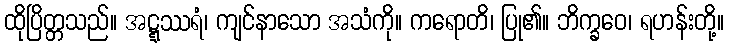
ထိုပြိတ္တသည်။ အဋ္ဋဿရံ၊ ကျင်နာသော အသံကို။ ကရောတိ၊ ပြု၏။ ဘိက္ခဝေ၊ ရဟန်းတို့။